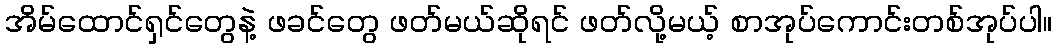
အိမ်ထောင်ရှင်တွေနဲ့ ဖခင်တွေ ဖတ်မယ်ဆိုရင် ဖတ်လို့မယ့် စာအုပ်ကောင်းတစ်အုပ်ပါ။